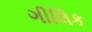
ગીલિક